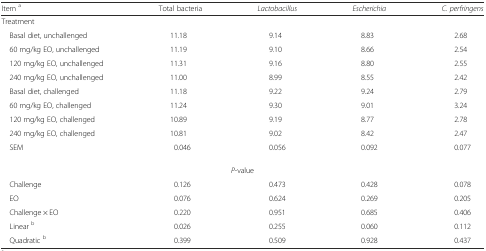
| Item a | Total bacteria | Lactobacillus | Escherichia | C. perfringens |
 | --- | --- | --- | --- | --- |
 | <COLSPAN=5> Treatment |
 | Basal diet, unchallenged | 11.18 | 9.14 | 8.83 | 2.68 |
 | 60 mg/kg EO, unchallenged | 11.19 | 9.10 | 8.66 | 2.54 |
 | 120 mg/kg EO, unchallenged | 11.31 | 9.16 | 8.80 | 2.55 |
 | 240 mg/kg EO, unchallenged | 11.00 | 8.99 | 8.55 | 2.42 |
 | Basal diet, challenged | 11.18 | 9.22 | 9.24 | 2.79 |
 | 60 mg/kg EO, challenged | 11.24 | 9.30 | 9.01 | 3.24 |
 | 120 mg/kg EO, challenged | 10.89 | 9.19 | 8.77 | 2.78 |
 | 240 mg/kg EO, challenged | 10.81 | 9.02 | 8.42 | 2.47 |
 | SEM | 0.046 | 0.056 | 0.092 | 0.077 |
 | <COLSPAN=5> P-value |
 | Challenge | 0.126 | 0.473 | 0.428 | 0.078 |
 | EO | 0.076 | 0.624 | 0.269 | 0.205 |
 | Challenge × EO | 0.220 | 0.951 | 0.685 | 0.406 |
 | Linear b | 0.026 | 0.255 | 0.060 | 0.112 |
 | Quadratic b | 0.399 | 0.509 | 0.928 | 0.437 |